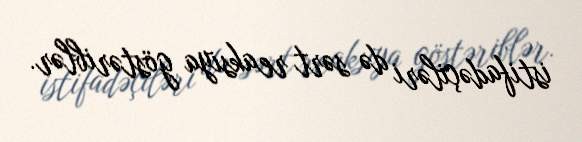
istifadəçiləri də sərt reaksiya göstəriblər.